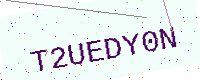
Text: T2UEDY0N